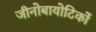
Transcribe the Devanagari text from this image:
जीनोबायोटिकों